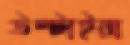
উল্টাইয়া